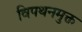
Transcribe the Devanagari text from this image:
विपथनमुक्त